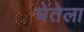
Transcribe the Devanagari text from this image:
घेतेला